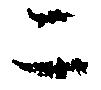
ニ